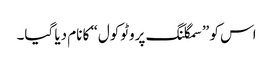
اس کو ”سمگلنگ پروٹوکول“ کا نام دیا گیا۔